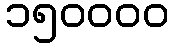
၁၅၀၀၀၀